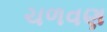
ચળવણ